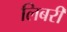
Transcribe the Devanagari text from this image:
लिबरी